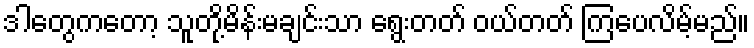
ဒါတွေကတော့ သူတို့မိန်းမချင်းသာ ရွေးတတ် ဝယ်တတ် ကြပေလိမ့်မည်။